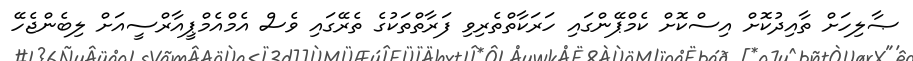
ޞާލިހަށް ތާއިދުކޮށް އިސްކޮށް ކެމްޕޭންގައި ހަރަކާތްތެރިވި ފަރާތްތަކުގެ ތެރޭގައި ވެސް އެމްއެމްޕީއާރްސީއަށް ލިބެންޖެހޭ